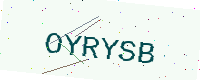
Text: OYRYSB